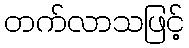
တက်လာသဖြင့်